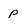
Character: P